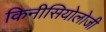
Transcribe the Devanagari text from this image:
किनीसियोलोजी